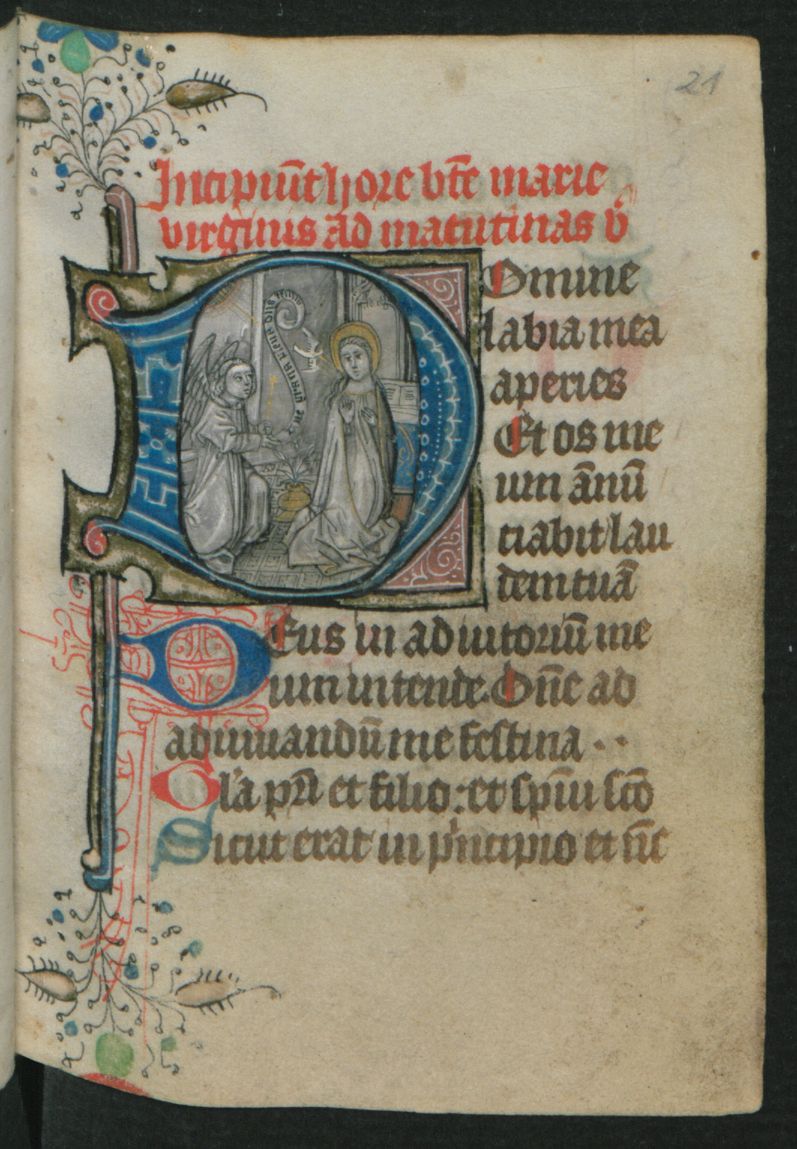
Shelfmark: Berlin, Staatsbibliothek, Hdschr. 25
Century: 15